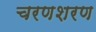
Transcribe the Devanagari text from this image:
चरणशरण